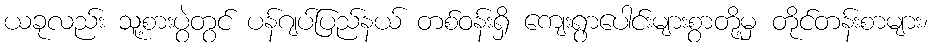
ယခုလည်း သူ့စားပွဲတွင် ပန်ဂျပ်ပြည်နယ် တစ်ဝန်းရှိ ကျေးရွာပေါင်းများစွာတို့မှ တိုင်တန်းစာများ၊